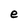
Character: e